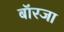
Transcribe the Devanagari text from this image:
बॉरजा